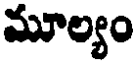
మూల్యం